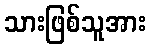
သားဖြစ်သူအား